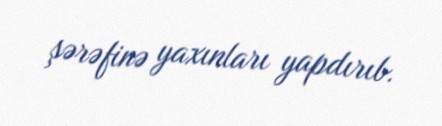
şərəfinə yaxınları yapdırıb.